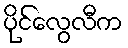
ပိုင်လွေလီက